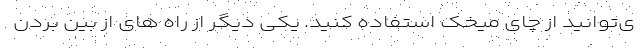
ی‌توانید از چای میخک استفاده کنید. یکی دیگر از راه های از بین بردن